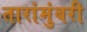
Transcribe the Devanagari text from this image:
तारांमुंबरी